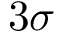
3 \sigma